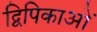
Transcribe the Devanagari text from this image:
द्विपिकाओं